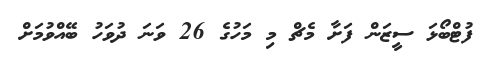
ފުޓްބޯޅަ ސީޒަން ފަށާ މެޗް މި މަހުގެ 26 ވަނަ ދުވަހު ބޭއްވުމަށް